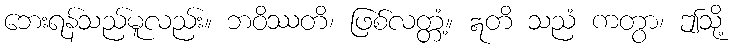
ဘေးရန်သည်မူလည်း။ ဘဝိဿတိ၊ ဖြစ်လတ္တံ့။ ဣတိ သညံ ကတွာ၊ ဤသို့